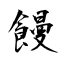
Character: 饅